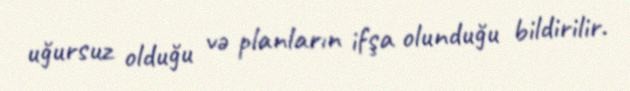
uğursuz olduğu və planların ifşa olunduğu bildirilir.